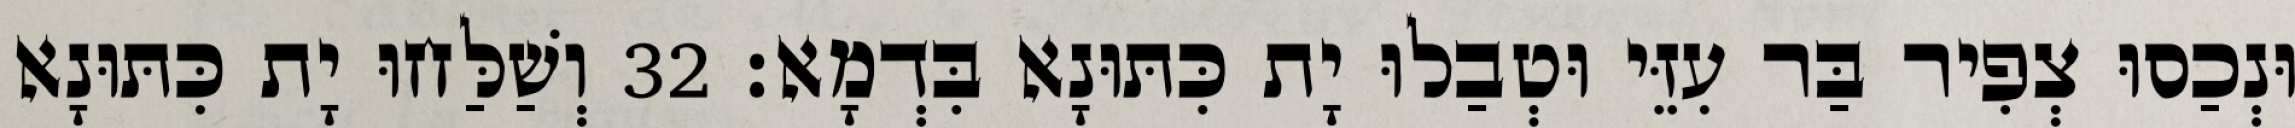
וּנְכַסוּ צְפִיר בַּר עִזֵּי וּטְבַלוּ יָת כִּתּוּנָא בִּדְמָא׃ 32 וְשַׁלַּחוּ יָת כִּתּוּנָא